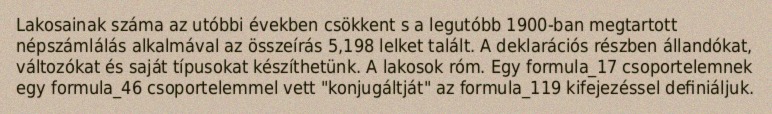
Lakosainak száma az utóbbi években csökkent s a legutóbb 1900-ban megtartott népszámlálás alkalmával az összeírás 5,198 lelket talált. A deklarációs részben állandókat, változókat és saját típusokat készíthetünk. A lakosok róm. Egy formula_17 csoportelemnek egy formula_46 csoportelemmel vett "konjugáltját" az formula_119 kifejezéssel definiáljuk.